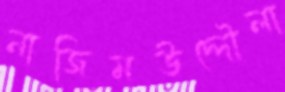
নাজিমউদ্দৌলা